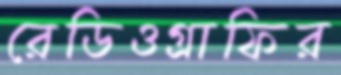
রেডিওগ্রাফির